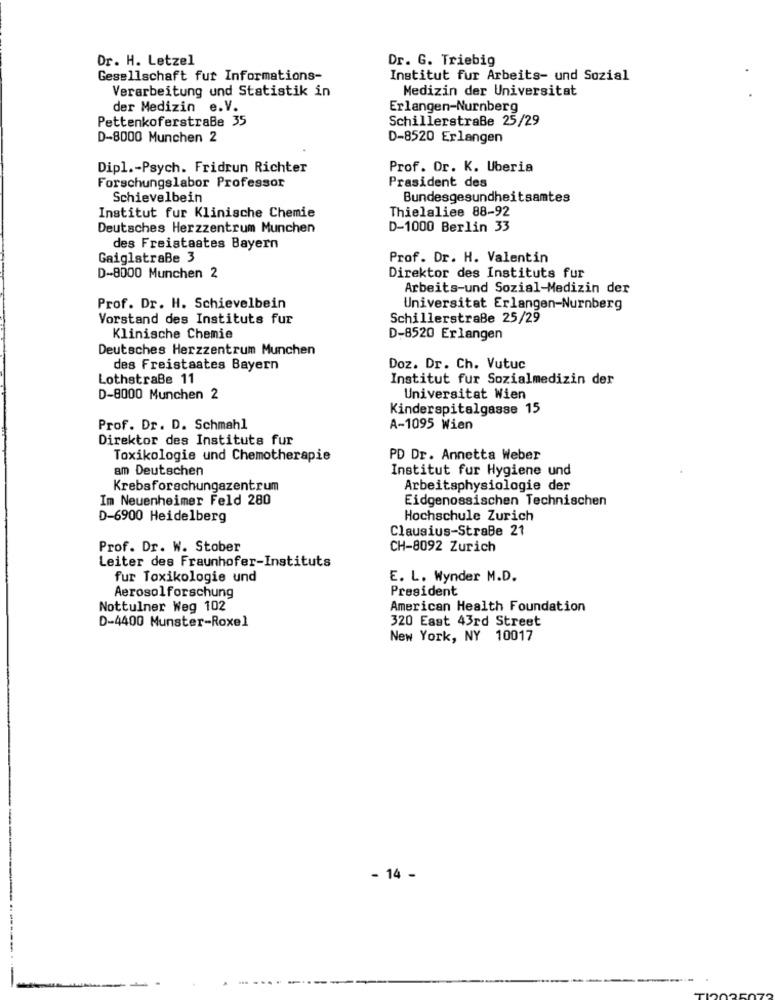
Dr. H. Letzel
Dr. G. Triebig
Gesellschaft fur Informations-
Institut fur Arbeits- und Sozial
Verarbeitung und Statistik in
Medizin der Universitat
der Medizin e.V.
Erlangen-Nurnberg
Pettenkoferstraße 35
Schillerstraße 25/29
D-8000 Munchen 2
D-8520 Erlangen
Dipl .- Psych. Fridrun Richter
Prof. Dr. K. Uberia
Forschungslabor Professor
Prasident des
Schievelbein
Bundesgesundheitsamtes
Thielaliee 88-92
Institut fur Klinische Chemie
Deutsches Herzzentrum Munchen
D-1000 Berlin 33
des Freistaates Bayern
GaiglstraBe 3
Prof. Dr. H. Valentin
D-8000 Munchen 2
Direktor des Instituts fur
Arbeits-und Sozial-Medizin der
Prof. Dr. H. Schievelbein
Universitat Erlangen-Nurnberg
Vorstand des Instituts fur
Schillerstraße 25/29
Klinische Chemie
D-8520 Erlangen
Deutsches Herzzentrum Munchen
des Freistaates Bayern
Doz. Dr. Ch. Vutuc
Lothstraße 11
Institut fur Sozialmedizin der
D-8000 Munchen 2
Universitat Wien
Kinderspitalgasse 15
Prof. Dr. D. Schmahl
A-1095 Wien
Direktor des Instituts fur
Toxikologie und Chemotherapie
PD Dr. Annetta Weber
am Deutschen
Institut fur Hygiene und
Krebsforschungszentrum
Arbeitsphysiologie der
Im Neuenheimer Feld 280
Eidgenossischen Technischen
D-6900 Heidelberg
Hochschule Zurich
Clausius-StraBe 21
Prof. Dr. W. Stober
CH-8092 Zurich
Leiter des Fraunhofer-Instituts
fur Toxikologie und
E. L. Wynder M.D.
President
Aerosolforschung
Nottulner Weg 102
American Health Foundation
320 East 43rd Street
D-4400 Munster-Roxel
New York, NY 10017
- 14 -